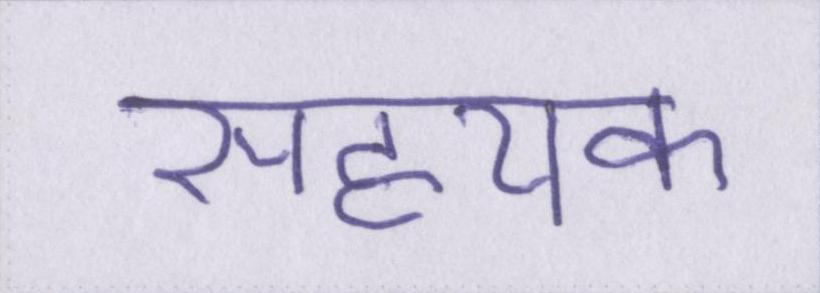
सहयक